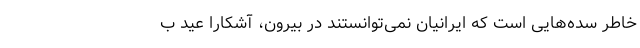
خاطر سده‌هایی است که ایرانیان نمی‌توانستند در بیرون، آشکارا عید ب